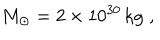
M _ { \odot } = 2 \times 1 0 ^ { 3 0 } \, \mathrm { k g } \; ,